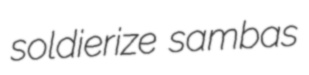
soldierize sambas